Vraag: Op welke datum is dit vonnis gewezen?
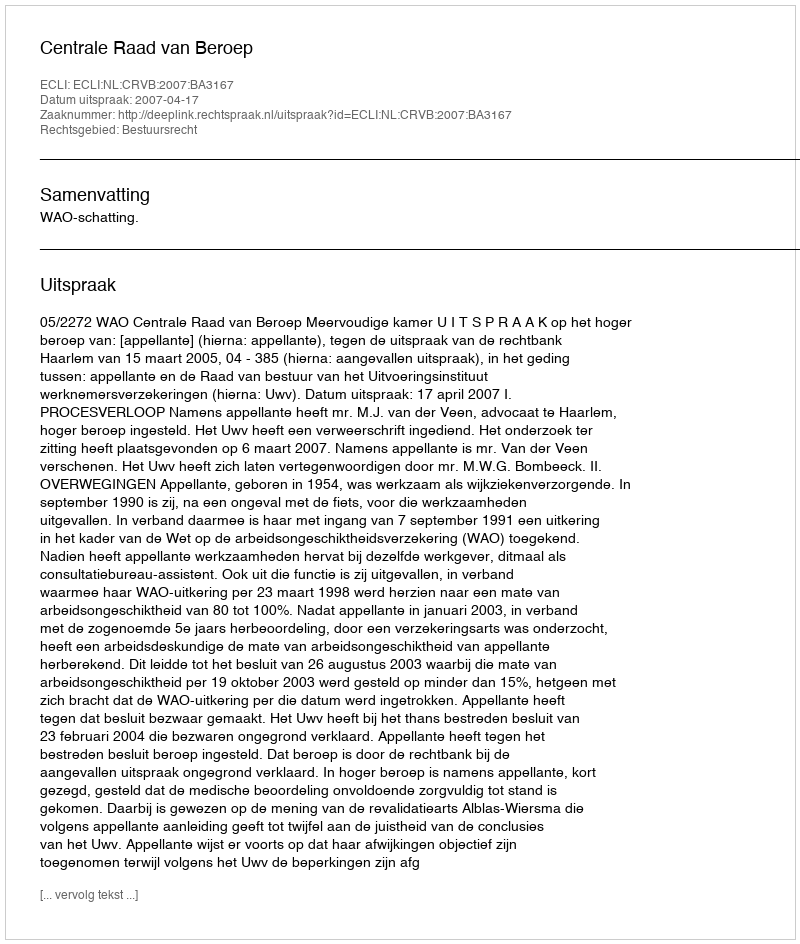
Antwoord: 2007-04-17